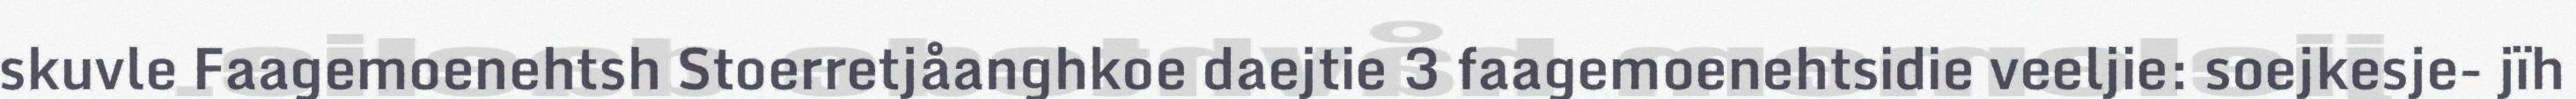
skuvle Faagemoenehtsh Stoerretjåanghkoe daejtie 3 faagemoenehtsidie veeljie: soejkesje- jïh